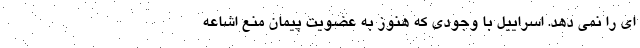
ای را نمی دهد. اسراییل با وجودی که هنوز به عضویت پیمان منع اشاعه